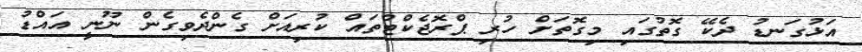
އަޅުގަނޑު ދެކޭ ގޮތުގައި މިގޮތަށް ހުރި ޕްރޮޖެކްޓްތައް ކުރިއަށް ގެންދެވިގެން ނޫނީ އައްޑު